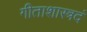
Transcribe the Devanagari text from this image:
गीताशास्त्रदं